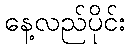
နေ့လည်ပိုင်း